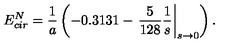
E _ { c i r } ^ { N } = \frac { 1 } { a } \left( - 0 . 3 1 3 1 - \left. \frac { 5 } { 1 2 8 } \frac { 1 } { s } \right| _ { s \to 0 } \right) .